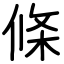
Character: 條